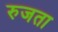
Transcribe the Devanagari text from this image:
रुजता